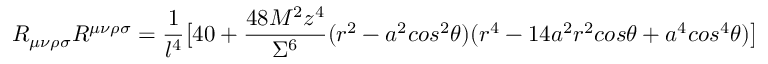
R _ { \mu \nu \rho \sigma } R ^ { \mu \nu \rho \sigma } = \frac { 1 } { l ^ { 4 } } \big [ 4 0 + \frac { 4 8 M ^ { 2 } z ^ { 4 } } { \Sigma ^ { 6 } } ( r ^ { 2 } - a ^ { 2 } c o s ^ { 2 } { \theta } ) ( r ^ { 4 } - 1 4 a ^ { 2 } r ^ { 2 } c o s { \theta } + a ^ { 4 } c o s ^ { 4 } { \theta } ) \big ]